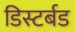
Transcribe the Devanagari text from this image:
डिस्टर्बड